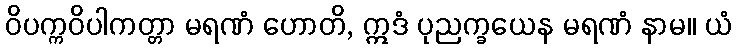
ဝိပက္ကဝိပါကတ္တာ မရဏံ ဟောတိ, ဣဒံ ပုညက္ခယေန မရဏံ နာမ။ ယံ